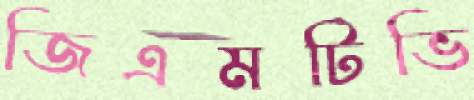
জিএমটিভি